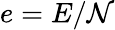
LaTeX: e=E/\mathcal{N}